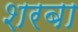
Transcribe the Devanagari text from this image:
शरबा